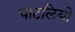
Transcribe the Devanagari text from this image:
चोटलियो